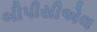
બીપીસીએલ